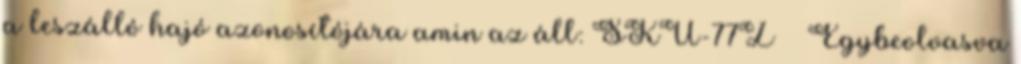
a leszálló hajó azonosítójára amin az áll: SKU-77Z Egybeolvasva